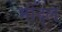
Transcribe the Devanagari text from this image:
मोंद्ल